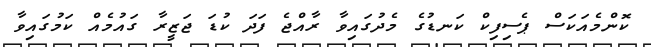
ކޮންމެއަކަސް ޕެސިފިކް ކަނޑުގެ މެދުގައިވާ ރާއްޖެ ފަދަ ކުޑަ ޖަޒީރާ ގައުމެއް ކަމުގައިވާ